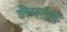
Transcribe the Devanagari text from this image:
डॊगरात